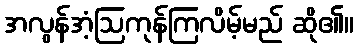
အလွန်အံ့ဩကုန်ကြလိမ့်မည် ဆို၏။